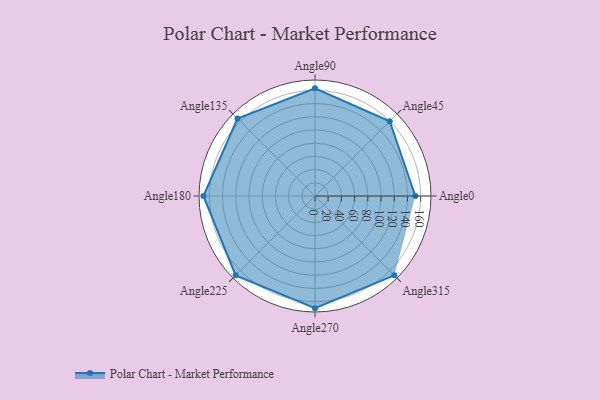
{"axis": {"x": "Angle", "y": "Radius"}, "legend": [""], "data": [{"x": "Angle0", "y": 152.0, "type": ""}, {"x": "Angle45", "y": 160.0, "type": ""}, {"x": "Angle90", "y": 163.0, "type": ""}, {"x": "Angle135", "y": 166.0, "type": ""}, {"x": "Angle180", "y": 169.0, "type": ""}, {"x": "Angle225", "y": 170, "type": ""}, {"x": "Angle270", "y": 170, "type": ""}, {"x": "Angle315", "y": 170, "type": ""}]}